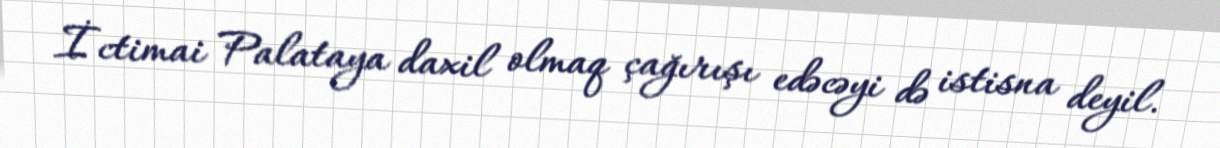
İctimai Palataya daxil olmaq çağırışı edəcəyi də istisna deyil.